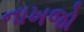
નાખજો